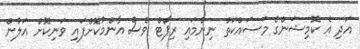
އަދި އެ ކޮމިޝަންގެ މަސައްކަތް ނިންމައި ރިޕޯޓް ވެސް އާންމުކޮށްފައި ވަނިކޮށް އަލުން